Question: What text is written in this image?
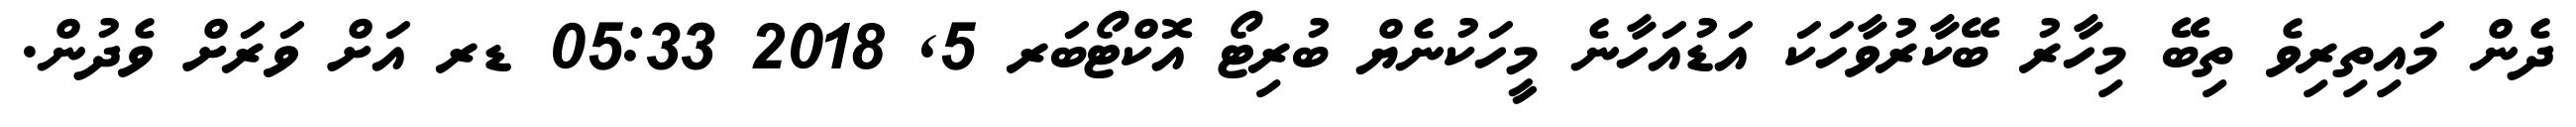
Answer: ދެން މައިތިރިވެ ތިބޭ މިހާރު ބޭކާރުވާހަކަ އަޑުއަހާނެ މީހަކުނެޔް ބުރިޓޯ އޮކްޓޯބަރ 5, 2018 05:33 ޑރ އަށް ވަރަށް ވެދުން.